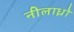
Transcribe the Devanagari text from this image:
नीलाध्रो